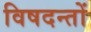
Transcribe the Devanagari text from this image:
विषदन्तों